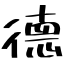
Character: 德